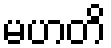
မဟတိ